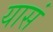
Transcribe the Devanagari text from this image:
यासं